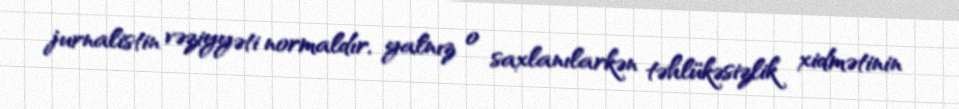
jurnalistin vəziyyəti normaldır, yalnız o saxlanılarkən təhlükəsizlik xidmətinin